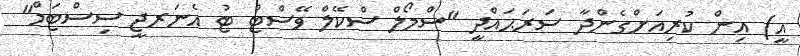
އީ) އިން ކުރިއަށްގެންދާ ސަރަޙައްދީ "ސްމޯލް ސްކޭލް ވޭސްޓް ޓު އެނަރޖީ ސިސްޓަމް"